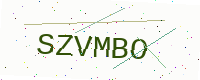
Text: SZVMBO